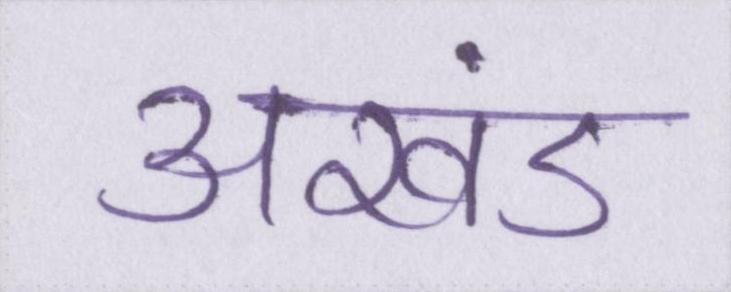
अखंड